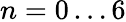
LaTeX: n=0\dots 6